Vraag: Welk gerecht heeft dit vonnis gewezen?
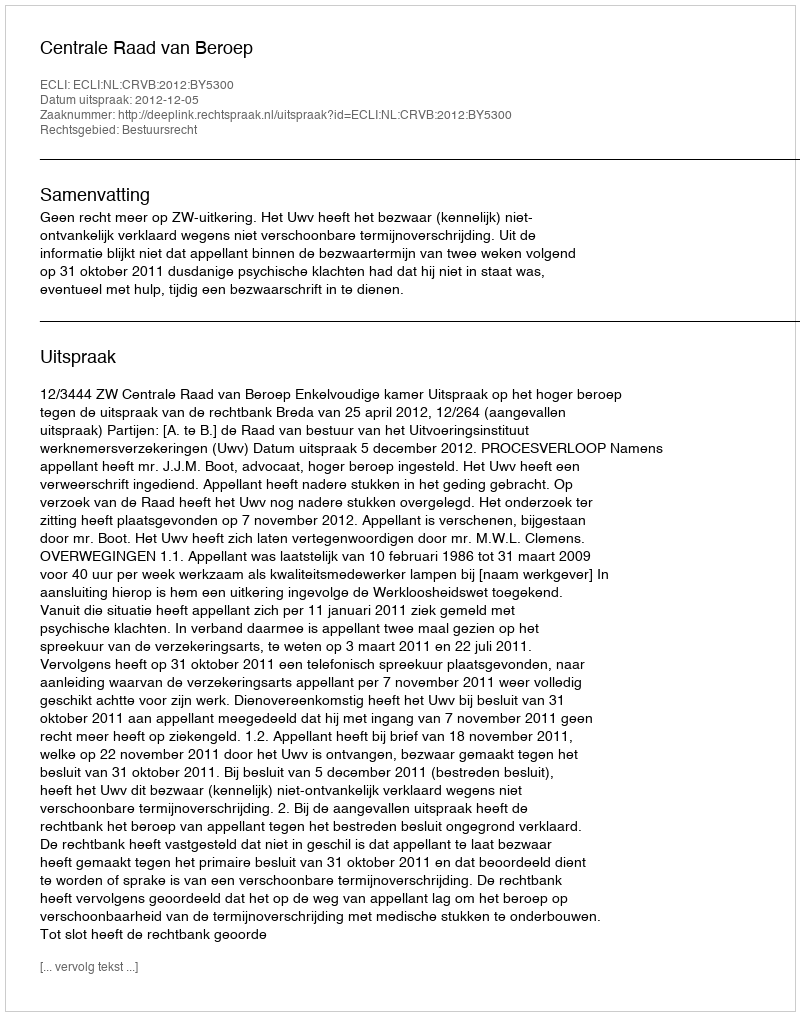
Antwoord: Centrale Raad van Beroep